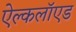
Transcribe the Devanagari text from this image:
ऐल्कलॉएड